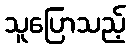
သူပြောသည့်